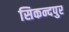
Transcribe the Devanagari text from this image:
सिकन्दपुर